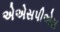
એએસપીએસ